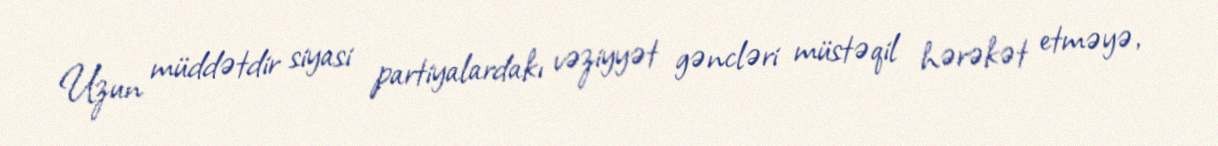
Uzun müddətdir siyasi partiyalardakı vəziyyət gəncləri müstəqil hərəkət etməyə,